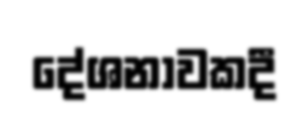
දේශනාවකදී